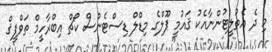
މި ދެ އެތުލީޓުންނާއެކު ޤައުމީ ޕޫލްގެ މިޑްލް ޑިސްޓެންސް ކޯޗް އިބްރާހީމް ތަވްފީޤް